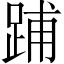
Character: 𨁏